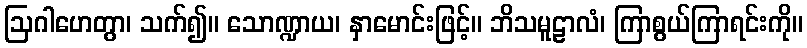
ဩဂါဟေတွာ၊ သက်၍။ သောဏ္ဍာယ၊ နှာမောင်းဖြင့်။ ဘိသမူဠာလံ၊ ကြာစွယ်ကြာရင်းကို။